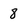
Character: 8